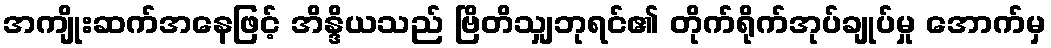
အကျိုးဆက်အနေဖြင့် အိန္ဒိယသည် ဗြိတိသျှဘုရင်၏ တိုက်ရိုက်အုပ်ချုပ်မှု အောက်မှ